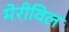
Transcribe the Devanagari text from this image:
मेरीविल